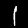
Label: 1